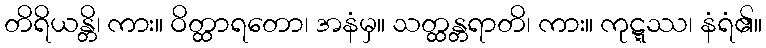
တိရိယန္တိ၊ ကား။ ဝိတ္ထာရတော၊ အနံမှ။ သတ္ထန္တရာတိ၊ ကား။ ကုဋ္ဋဿ၊ နံရံ၏။